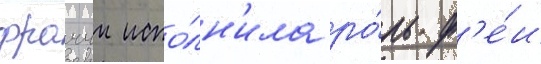
фраччи испо́лн'ила ро́ль ф'е́и